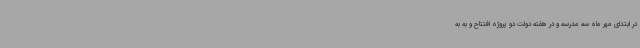
در ابتدای مهر ماه سه مدرسه و در هفته دولت دو پروژه افتتاح و به به